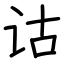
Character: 诂